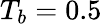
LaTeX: T_{b}=0.5